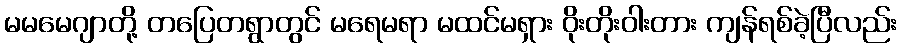
မမမေဂျာတို့ တပြေတရွာတွင် မရေမရာ မထင်မရှား ဝိုးတိုးဝါးတား ကျန်ရစ်ခဲ့ပြီလည်း